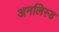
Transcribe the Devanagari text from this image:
अनलिस्ड